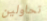
تحاولين